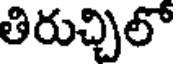
తిరుచ్చిలో